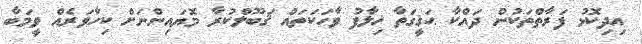
އިދިކޮޅު ފަރާތްތަކުން ދައްކާ ޙަޤީގަތާ ޚިލާފު ވާހަކަތައް ޤަބޫލްކުރާ މޮޔައިންނަށް ކިހާވަރެއް ވީމަބާ